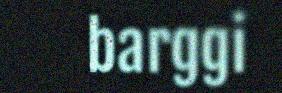
barggi